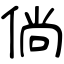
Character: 倘